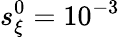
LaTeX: s_{\xi}^{0}=10^{-3}